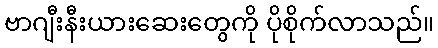
ဗာဂျီးနီးယားဆေးတွေကို ပိုစိုက်လာသည်။